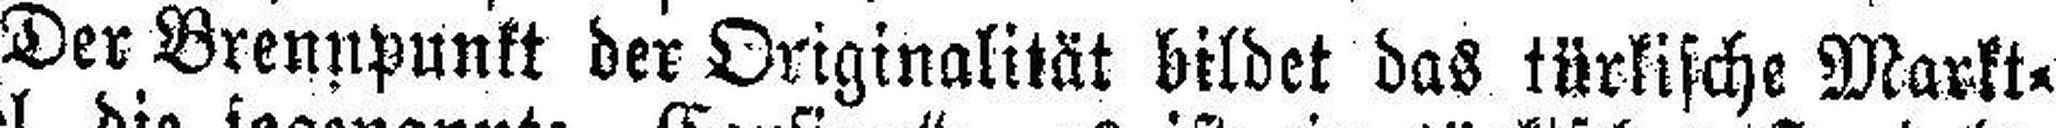
Der Brennpunkt der Originalität bildet das türkische Markt¬